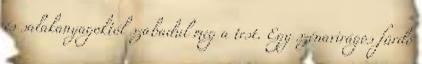
és salakanyagoktól szabadul meg a test. Egy szénavirágos fürdő